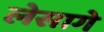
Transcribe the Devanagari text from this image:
लेसागे